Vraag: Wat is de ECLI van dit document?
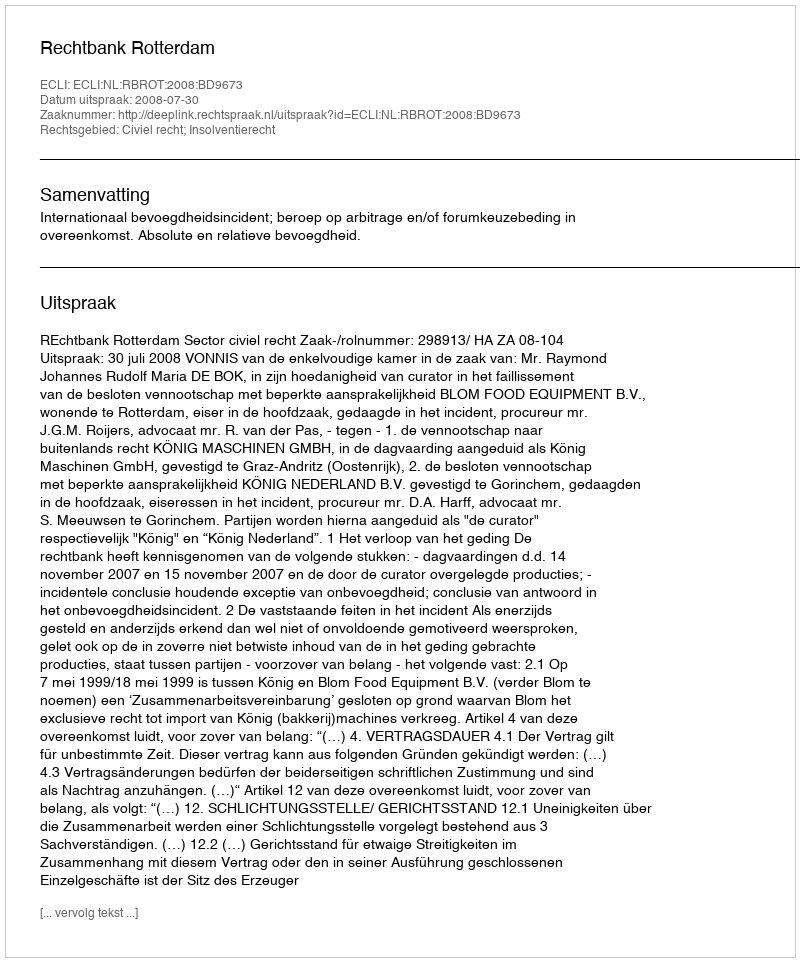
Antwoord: ECLI:NL:RBROT:2008:BD9673